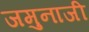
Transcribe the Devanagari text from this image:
जमुनाजी